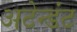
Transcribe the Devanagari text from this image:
अटेन्डंट